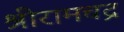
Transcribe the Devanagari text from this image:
श्रीरामचद्र